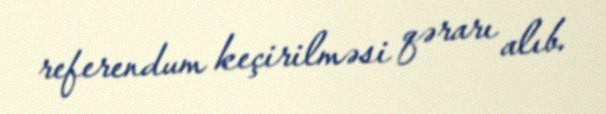
referendum keçirilməsi qərarı alıb.